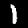
Digit: 1